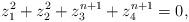
LaTeX: \begin{align*} z_1^2 + z_2^2 + z_3^{n + 1} + z_4^{n + 1} = 0,\end{align*}